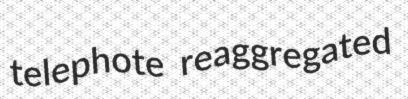
telephote reaggregated